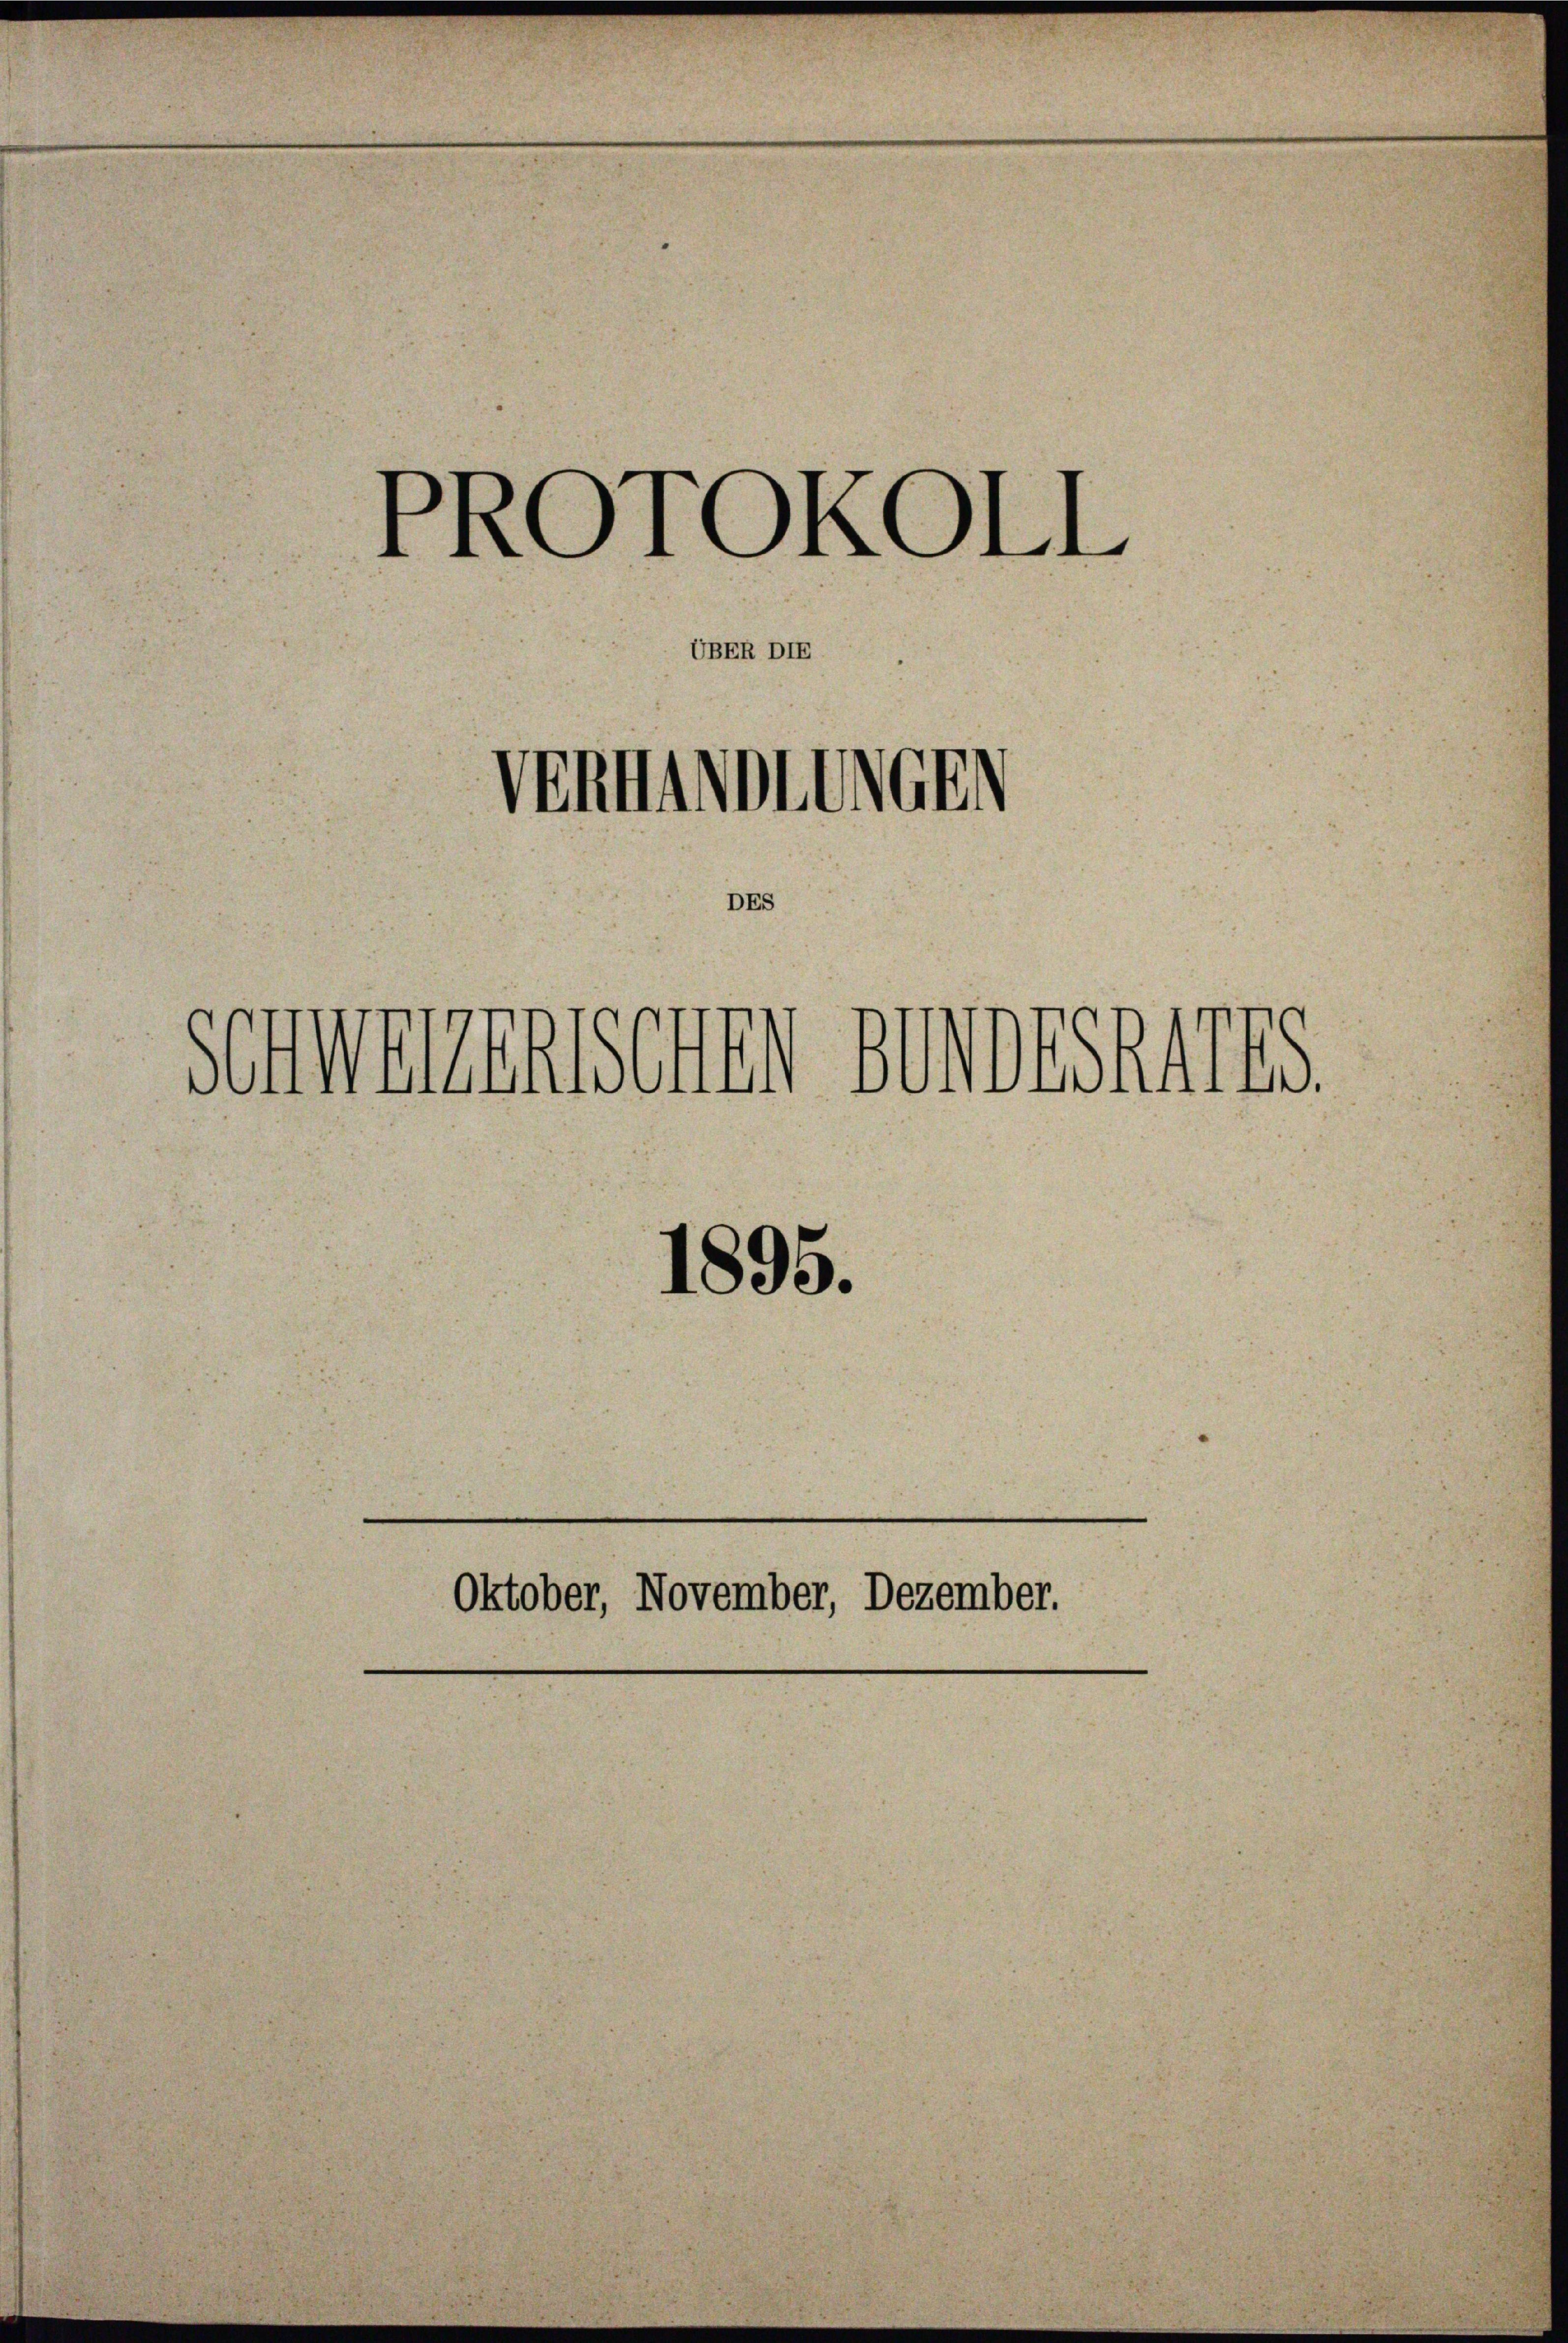
PROTOKOLL

UBER DIE

enmotive

1
schwanenschen seinerts.

DES

1895.
Oktober, November, Dezember.